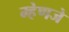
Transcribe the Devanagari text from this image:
म्हेणजे